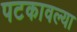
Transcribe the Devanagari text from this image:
पटकावल्या